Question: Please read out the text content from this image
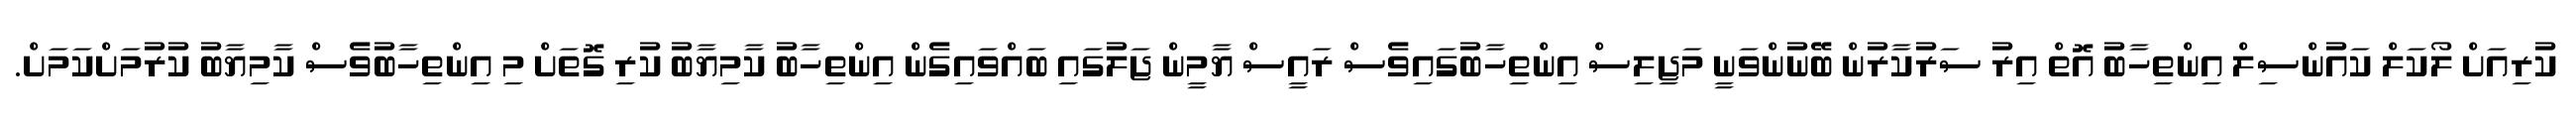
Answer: ކުރިއަށް ލޯކަލް ކައުންސިލް އިންތިހާބު އޮތް އިރު ސަރުކާރުން ބޭނުންވަނީ މަޖިލިސް އިންތިހާބުގައިވެސް ރައީސް ޔާމީން ޖަލުގައި ބައްވައިގެން އިންތިހާބު ކާމިޔާބު ކުރި ގޮތަށް މި އިންތިހާބުވެސް ކާމިޔާބު ކުރުމަށްކަމަށް.